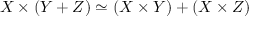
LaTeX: X \times ( Y + Z ) \simeq ( X \times Y ) + ( X \times Z )